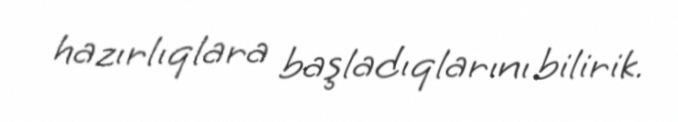
hazırlıqlara başladıqlarını bilirik.